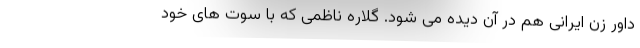
داور زن ایرانی هم در آن دیده می شود. گلاره ناظمی که با سوت های خود